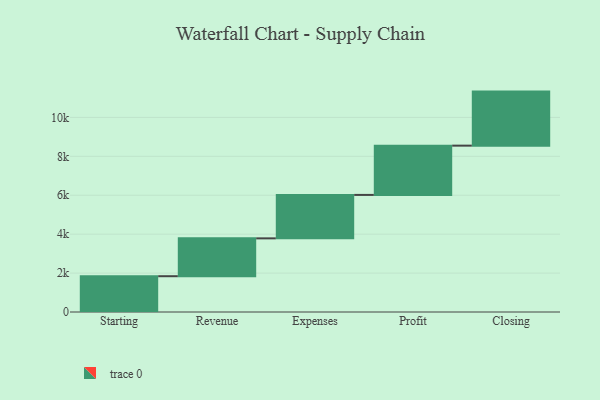
{"axis": {"x": "Step", "y": "Value"}, "legend": [""], "data": [{"x": "Starting", "y": 1839.0, "type": ""}, {"x": "Revenue", "y": 1945.0, "type": ""}, {"x": "Expenses", "y": 2233.0, "type": ""}, {"x": "Profit", "y": 2532.0, "type": ""}, {"x": "Closing", "y": 2777.0, "type": ""}]}